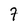
Character: 7